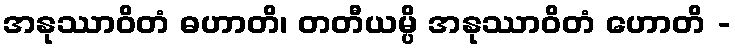
အနုဿာဝိတံ ဓဟာတိ၊ တတီယမ္ပိ အနုဿာဝိတံ ဟောတိ -